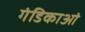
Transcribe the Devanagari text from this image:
गंडिकाआं